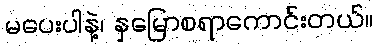
မပေးပါနဲ့၊ နှမြောစရာကောင်းတယ်။